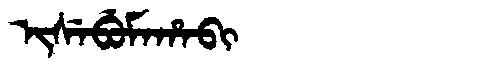
Manchu: ᡳᠰᡝᠪᡠᠮᠠᡥᠠᠪᡳ
Romanization: ISEBUMAHABI